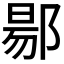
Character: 𬪌